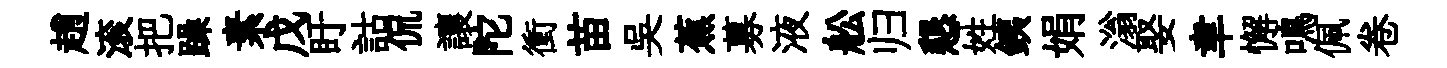
趙滚把躁素戊盱詁侃讓陀衝苗吳蕉募液舩归懇姓銕娟滃娶聿懈鳴佩卷